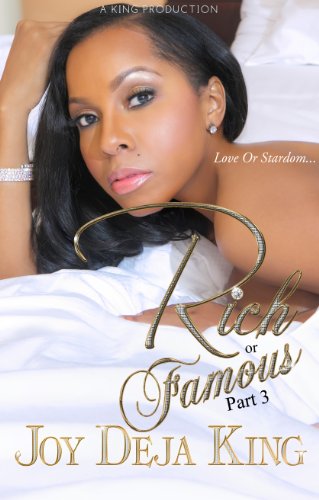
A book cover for Rich Or Famous Part 3 ( Love Or Stardom); Joy Deja King; Literature & Fiction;